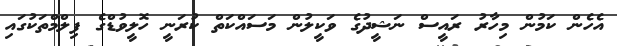
އެހެން ކަމުން މިހާރު ރައީސް ނަޝީދުގެ ވަކީލުން މަސައްކަތް ކުރަނީ ހޮލީވުޑްގެ ފިލްމްތަކުގައި